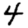
Digit: 4